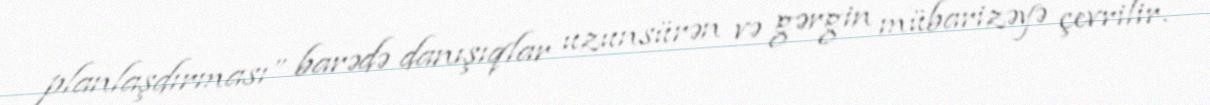
planlaşdırması” barədə danışıqlar uzunsürən və gərgin mübarizəyə çevrilir.